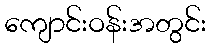
ကျောင်းဝန်းအတွင်း